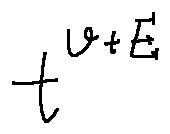
t ^ { v + E }